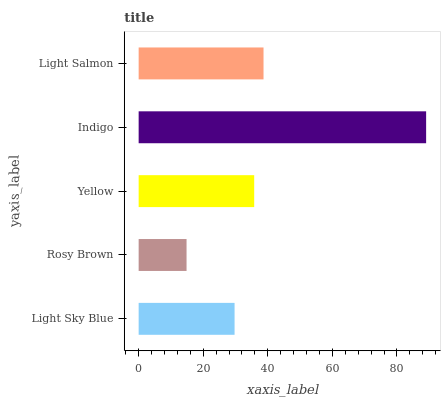
| yaxis_label | bars |
 | --- | --- |
 | Light Sky Blue | 29.7 |
 | Rosy Brown | 14.8 |
 | Yellow | 35.8 |
 | Indigo | 89 |
 | Light Salmon | 38.7 |